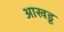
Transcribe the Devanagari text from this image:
आखडू